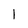
Character: I